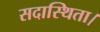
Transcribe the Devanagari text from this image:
सदास्थिता।